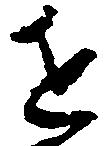
近